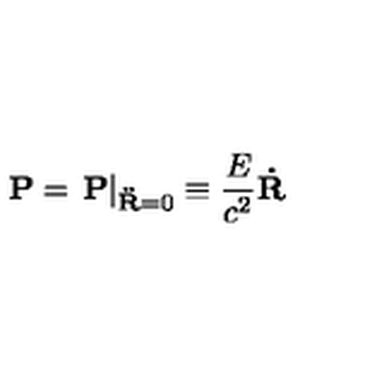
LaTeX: { \bf P } = \left. { \bf P } \right| _ { { \bf \ddot { R } } = 0 } \equiv \frac { E } { c ^ { 2 } } { \bf \dot { R } }